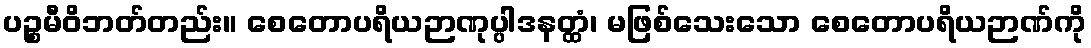
ပဉ္စမီဝိဘတ်တည်း။ စေတောပရိယဉာဏုပ္ပါဒနတ္ထံ၊ မဖြစ်သေးသော စေတောပရိယဉာဏ်ကို